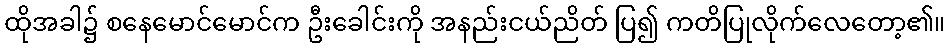
ထိုအခါ၌ စနေမောင်မောင်က ဦးခေါင်းကို အနည်းငယ်ညိတ် ပြ၍ ကတိပြုလိုက်လေတော့၏။